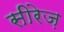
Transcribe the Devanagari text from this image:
सीरेज़